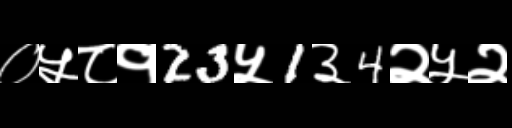
Text: ०५८१23५1३4२५२